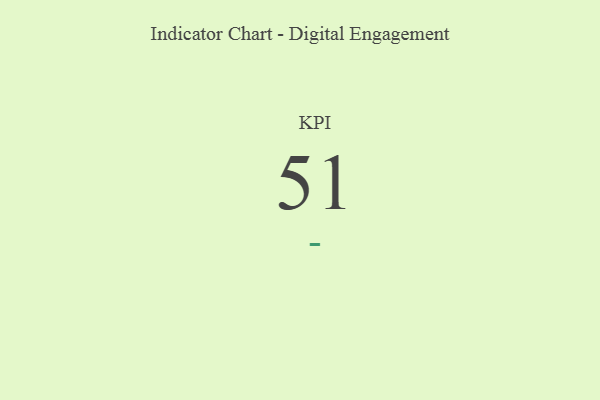
{"axis": {"x": "KPI", "y": "Value"}, "legend": [""], "data": [{"x": "KPI", "y": 51, "type": ""}]}